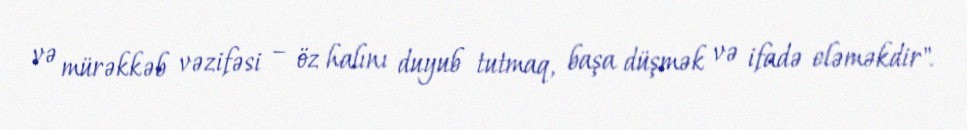
və mürəkkəb vəzifəsi – öz halını duyub tutmaq, başa düşmək və ifadə eləməkdir".